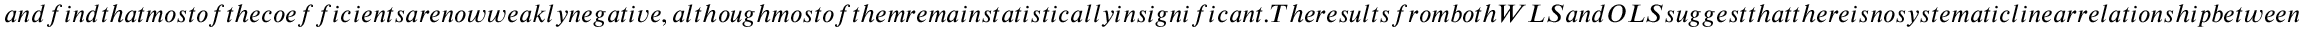
a n d f i n d t h a t m o s t o f t h e c o e f f i c i e n t s a r e n o w w e a k l y n e g a t i v e , a l t h o u g h m o s t o f t h e m r e m a i n s t a t i s t i c a l l y i n s i g n i f i c a n t . T h e r e s u l t s f r o m b o t h W L S a n d O L S s u g g e s t t h a t t h e r e i s n o s y s t e m a t i c l i n e a r r e l a t i o n s h i p b e t w e e n